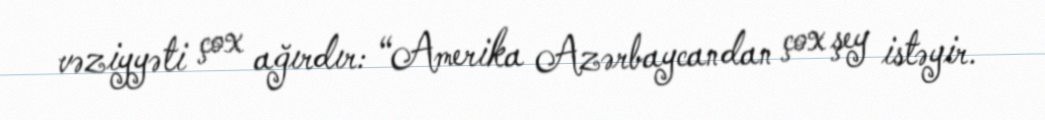
vəziyyəti çox ağırdır: “Amerika Azərbaycandan çox şey istəyir.